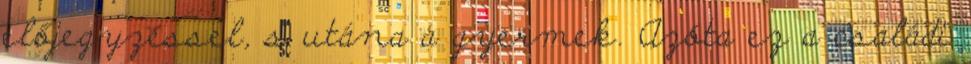
előjegyzéssel, s utána a gyermek. Azóta ez a családi